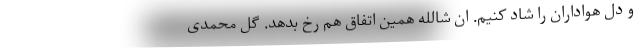
و دل هواداران را شاد کنیم. ان شالله همین اتفاق هم رخ بدهد. گل محمدی